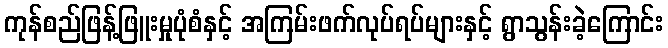
ကုန်စည်ဖြန့်ဖြူးမှုပုံစံနှင့် အကြမ်းဖက်လုပ်ရပ်များနှင့် ရွာသွန်းခဲ့ကြောင်း